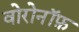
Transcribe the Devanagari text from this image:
वोरोनॉफ़